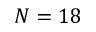
N = 1 8